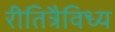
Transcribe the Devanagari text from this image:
रीतित्रैविध्य